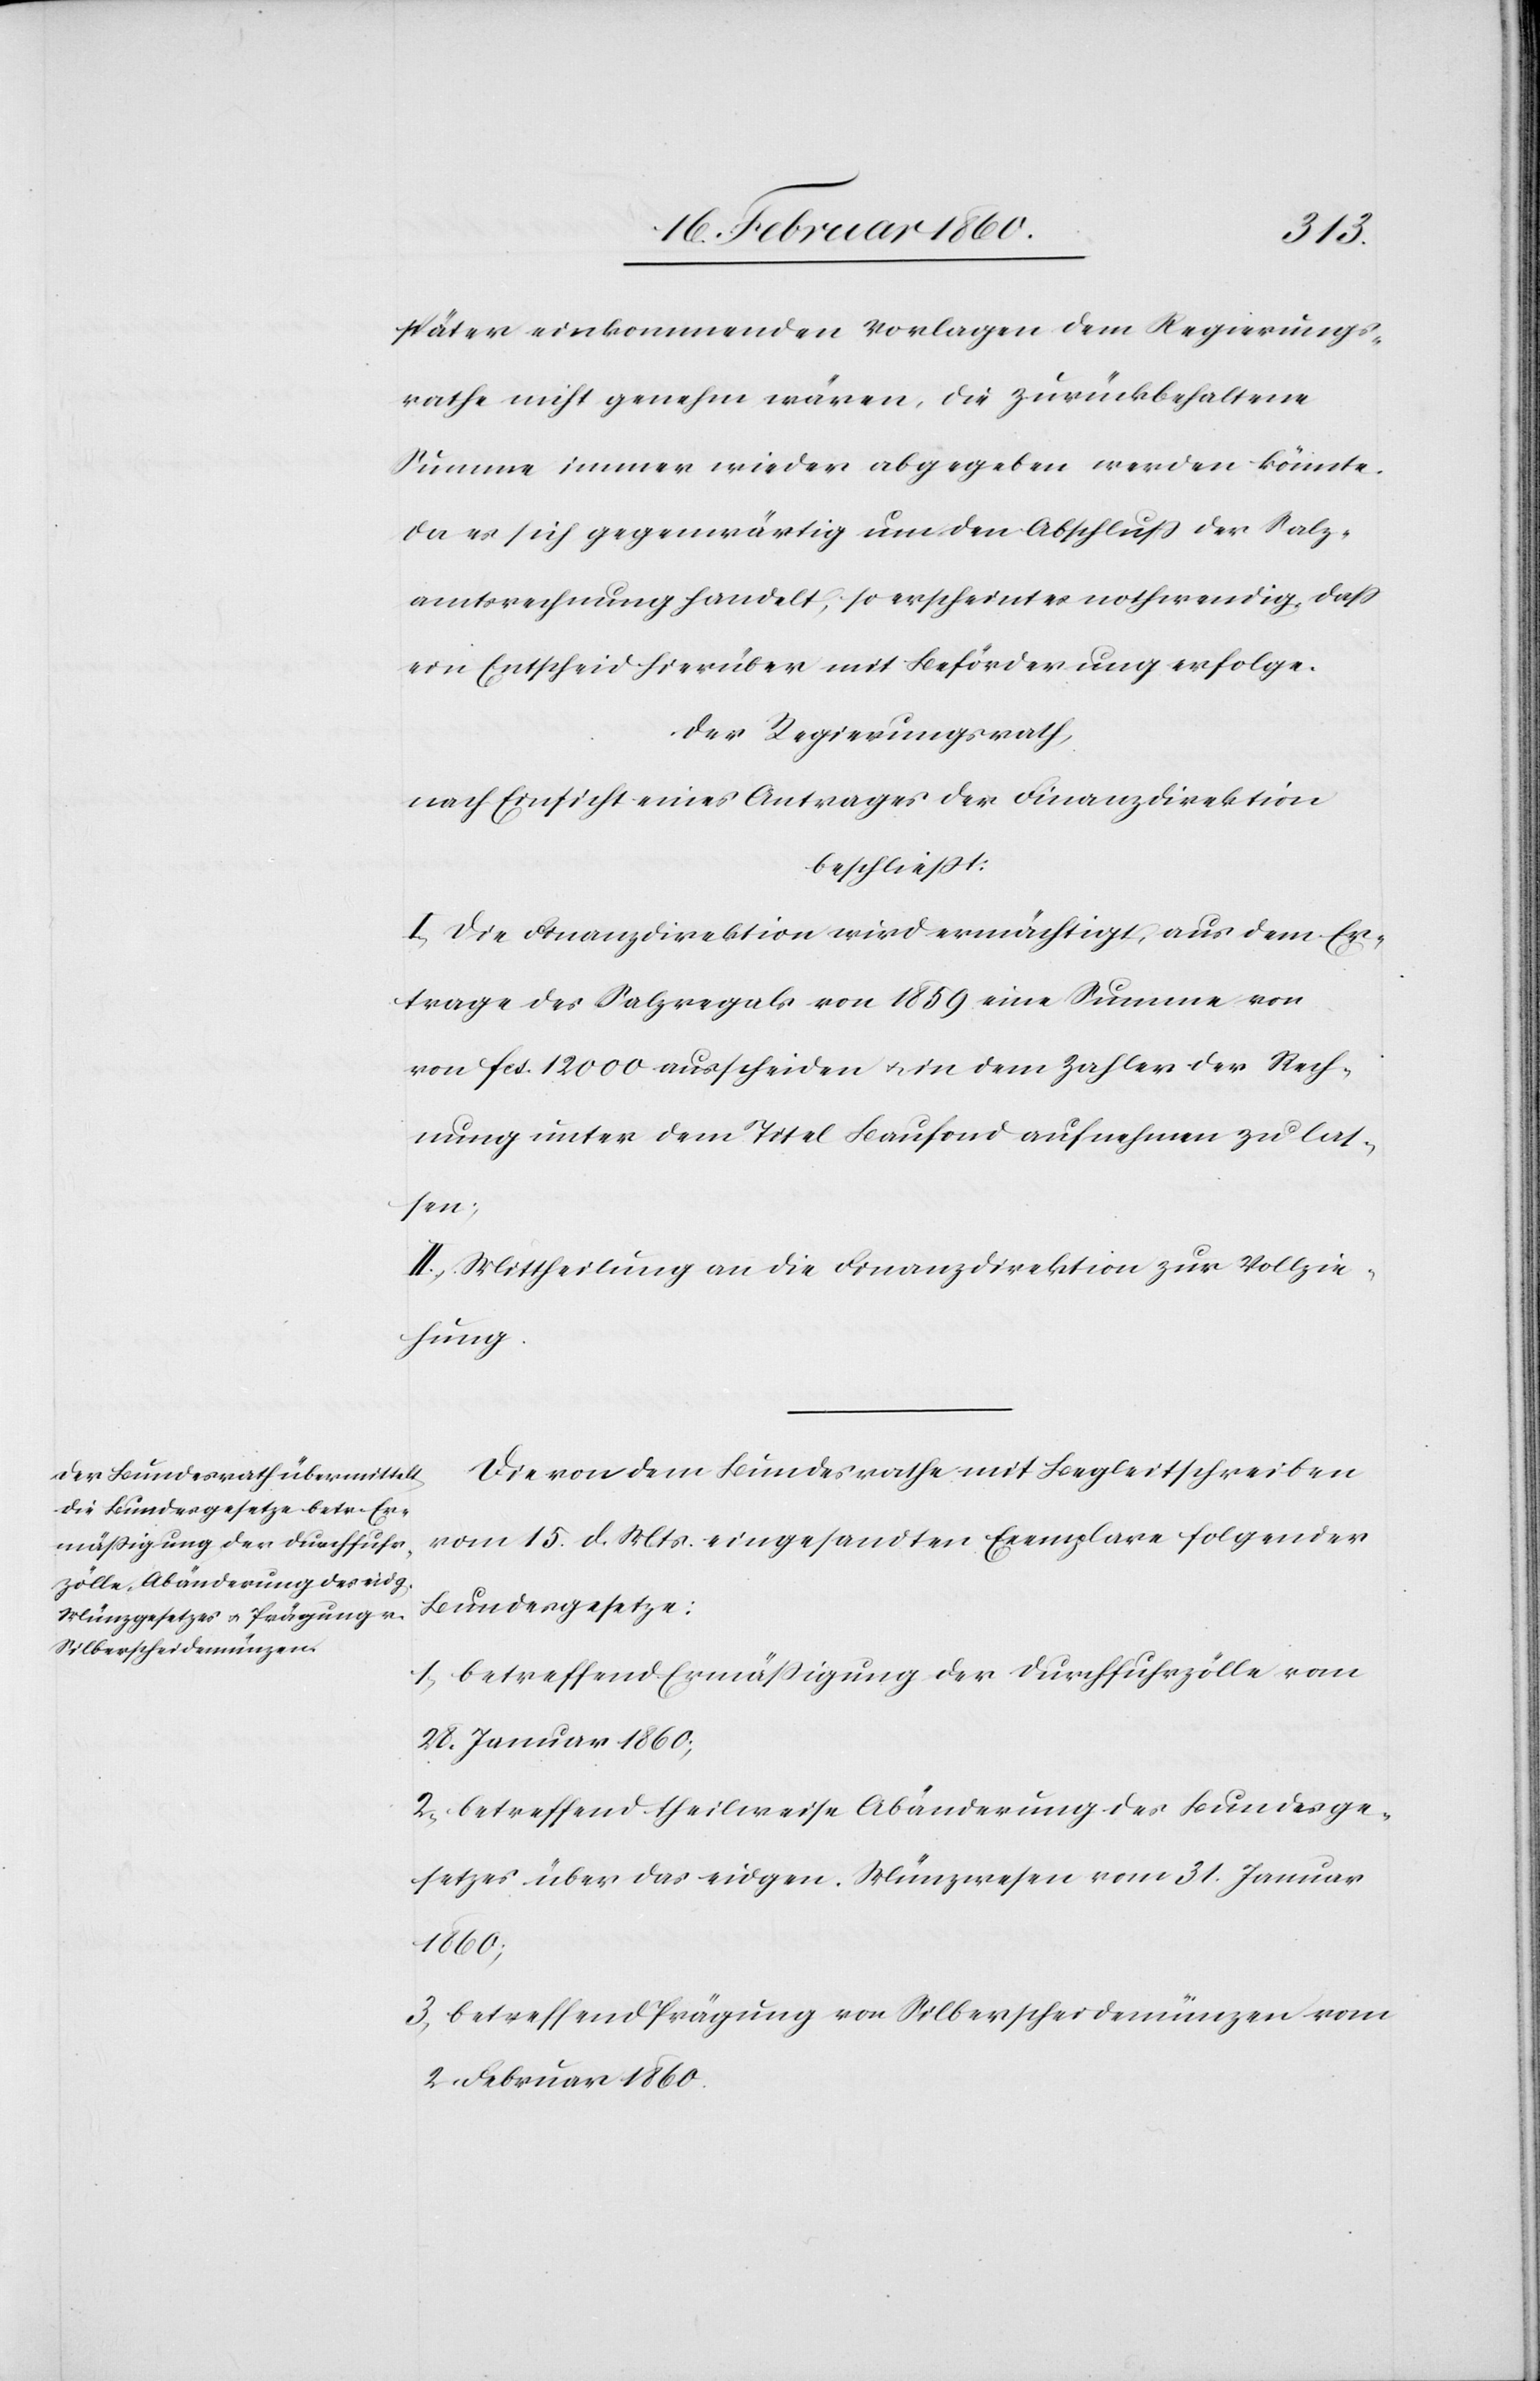
später einkommenden Vorlagen dem Regierungs¬
rathe nicht genehm wären, die zurückbehaltene
Summe immer wieder abgegeben werden könnte.
Da es sich gegenwärtig um den Abfluß der Salz¬
amtsrechnung handelt, so erscheint es nothwendig, dass
ein Entscheid hierüber mit Beförderung erfolge.
Der Regierungsrath,
nach Einsicht eines Antrages der Finanzdirektion
beschliesst:
I. Die Finanzdirektion wird ermächtigt, aus dem Er¬
trage des Salzregals von 1859 eine Summe von
[sic!] fcs. 12 000 ausscheiden u. in dem Zahlen der Rech¬
nung unter dem Titel Baufond aufnehmen zu las¬
sen;
II. Mittheilung an die Finanzdirektion zur Vollzie¬
hung.
Die von dem Bundesrathe mit Begleitschreiben
vom 5. d. Mts. eingesandten Exemplare folgender
Bundesgesetze:
1. betreffend Ermässigung der Durchfuhrzölle vom
28. Januar 1860;
2. betreffend theilweise Abänderung des Bundesge¬
setzes über das eidgen. Münzwesen vom 31. Januar
1860;
3. betreffend Prägung von Silberscheidemünzen vom
2. Februar 1860